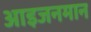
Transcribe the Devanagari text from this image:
आइजनमान